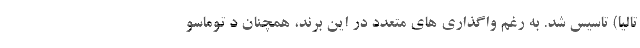
تالیا) تاسیس شد. به رغم واگذاری های متعدد در این برند، همچنان د توماسو